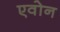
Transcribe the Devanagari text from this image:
एवोन